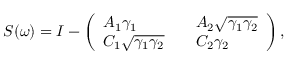
S ( \omega ) = I - \left( \begin{array} { l l l } { A _ { 1 } \gamma _ { 1 } } & { } & { A _ { 2 } \sqrt { \gamma _ { 1 } \gamma _ { 2 } } } \\ { C _ { 1 } \sqrt { \gamma _ { 1 } \gamma _ { 2 } } } & { } & { C _ { 2 } \gamma _ { 2 } } \end{array} \right) ,